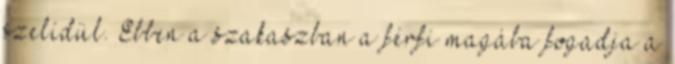
szelídül. Ebben a szakaszban a férfi magába fogadja a